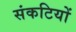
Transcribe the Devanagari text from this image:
संकटियों